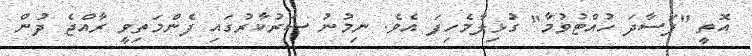
އޮތީ "ފަސާދަ ހުއްޓުވުމާ" ގުޅިލާމެހިފަ އެވެ. ނިމުނު ސަރުކާރުގައި ފެންމަތިވީ ރާއްޖެ ދުން